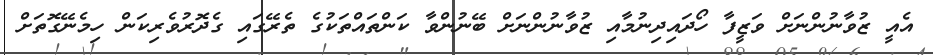
އެއީ ޒުވާނުންނަށް ވަޒީފާ ހޯދައިދިނުމާއި ޒުވާނުންނަށް ބޭނުންވާ ކަންތައްތަކުގެ ތެރޭގައި ގެދޮރުވެރިކަން ހިމެނޭގޮތަށް